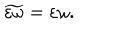
\widetilde { \varepsilon \omega } = \varepsilon \omega .